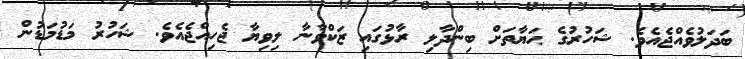
ބަދަލުވެއްޖެއެވެ. ޝަހުރުގެ ޙަޔާތަށް ބިންދާލި ރާޅުގައި ޒަކްވާނާ ލިވިޔާ ޖެހިއްޖެއެވެ. ޝަހުރު މަޑުމަޑުން